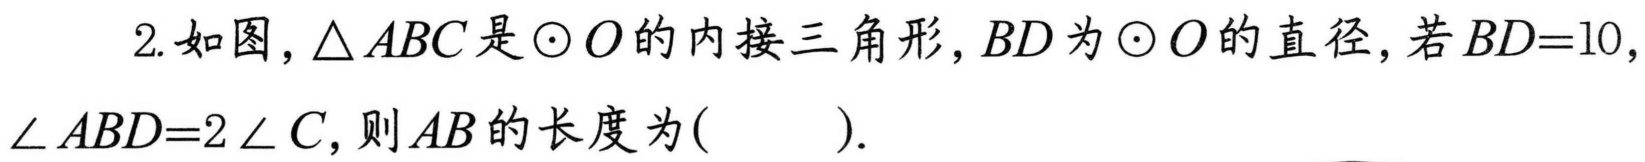
2.如图，\(\triangle ABC\)是\(\odot O\)的内接三角形，\(BD\)为\(\odot O\)的直径，若\(BD = 10\)，
\(\angle ABD = 2\angle C\)，则\(AB\)的长度为( ).